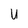
Character: U